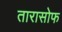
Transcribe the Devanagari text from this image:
तारासोफ